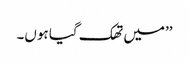
’’میں تھک گیا ہوں۔